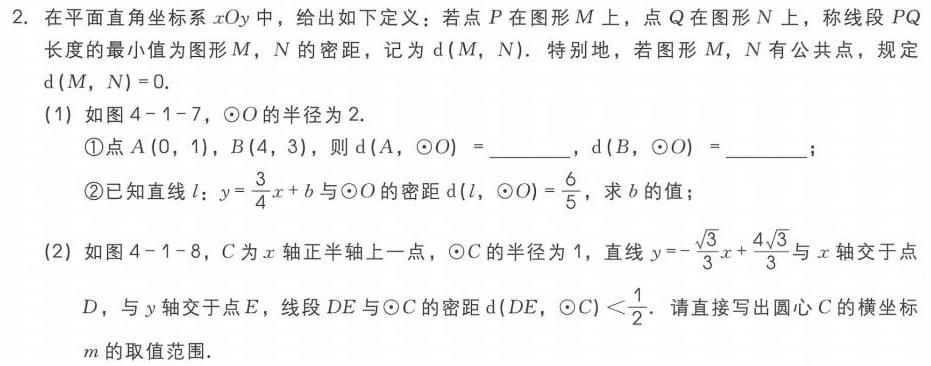
2. 在平面直角坐标系\(xOy\)中，给出如下定义：若点\(P\)在图形\(M\)上，点\(Q\)在图形\(N\)上，称线段\(PQ\)长度的最小值为图形\(M\)，\(N\)的密距，记为\(d(M,N)\)．特别地，若图形\(M\)，\(N\)有公共点，规定\(d(M,N)=0\)．
(1) 如图4 - 1 - 7，\(\odot O\)的半径为\(2\)．
\textcircled{1}点\(A(0,1)\)，\(B(4,3)\)，则\(d(A,\odot O)=\underline{\quad\quad}\)，\(d(B,\odot O)=\underline{\quad\quad}\)；
\textcircled{2}已知直线\(l:y = \frac{3}{4}x + b\)与\(\odot O\)的密距\(d(l,\odot O)=\frac{6}{5}\)，求\(b\)的值；
(2) 如图4 - 1 - 8，\(C\)为\(x\)轴正半轴上一点，\(\odot C\)的半径为\(1\)，直线\(y = -\frac{\sqrt{3}}{3}x+\frac{4\sqrt{3}}{3}\)与\(x\)轴交于点\(D\)，与\(y\)轴交于点\(E\)，线段\(DE\)与\(\odot C\)的密距\(d(DE,\odot C)<\frac{1}{2}\)．请直接写出圆心\(C\)的横坐标\(m\)的取值范围．